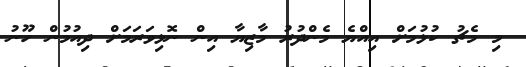
މި މެޗު ކުޅުމަށް އިއްޔެ މެންދުރު މާޒިޔާ އިން ނޮޅިވަރަމަށް ދިއުމުން ހޫނު